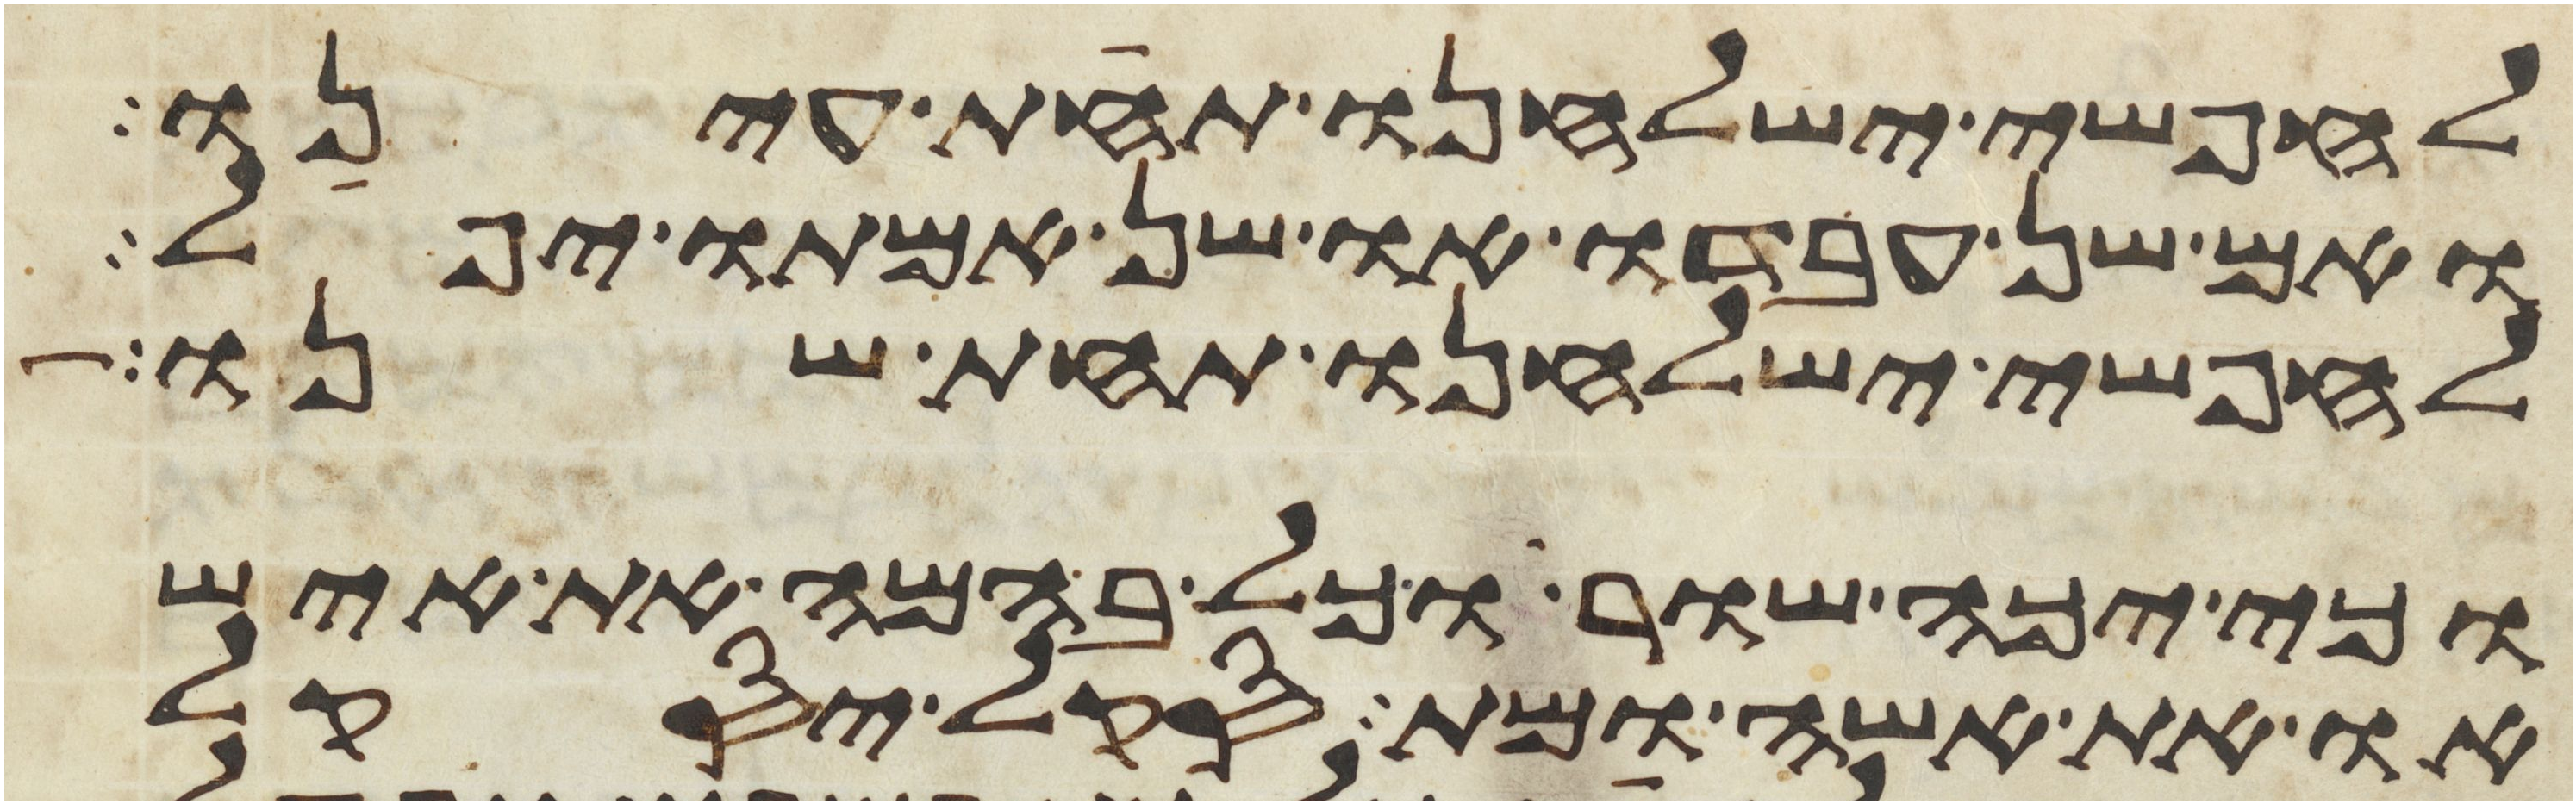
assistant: לחפשי ישלחנו תחת עינו
ואם שן עבדו או שן אמתו יפל
לחפשי ישלחנו תחת שנו
וכי יכה שור וכל בהמה את איש
או את אשה ומת סקל יסקל